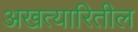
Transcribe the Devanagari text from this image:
अखत्यारितील